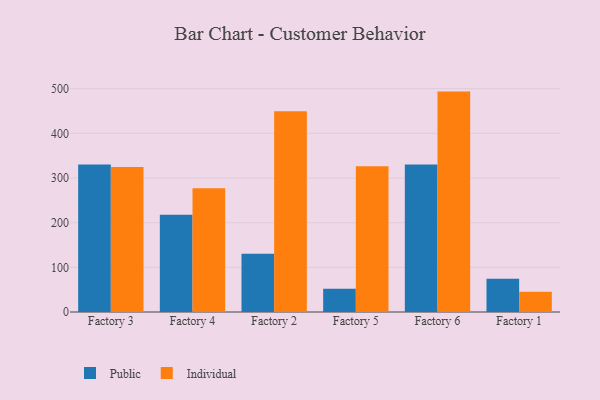
{"axis": {"x": "Factory", "y": "LTV (USD)"}, "legend": ["Individual", "Public"], "data": [{"x": "Factory 3", "y": 330.1, "type": "Public"}, {"x": "Factory 3", "y": 324.6, "type": "Individual"}, {"x": "Factory 4", "y": 218.0, "type": "Public"}, {"x": "Factory 4", "y": 276.9, "type": "Individual"}, {"x": "Factory 2", "y": 130.6, "type": "Public"}, {"x": "Factory 2", "y": 449.4, "type": "Individual"}, {"x": "Factory 5", "y": 51.9, "type": "Public"}, {"x": "Factory 5", "y": 326.3, "type": "Individual"}, {"x": "Factory 6", "y": 330.0, "type": "Public"}, {"x": "Factory 6", "y": 493.5, "type": "Individual"}, {"x": "Factory 1", "y": 74.7, "type": "Public"}, {"x": "Factory 1", "y": 45.5, "type": "Individual"}]}